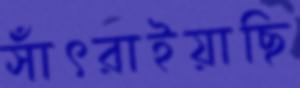
সাঁৎরাইয়াছি